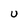
Character: U